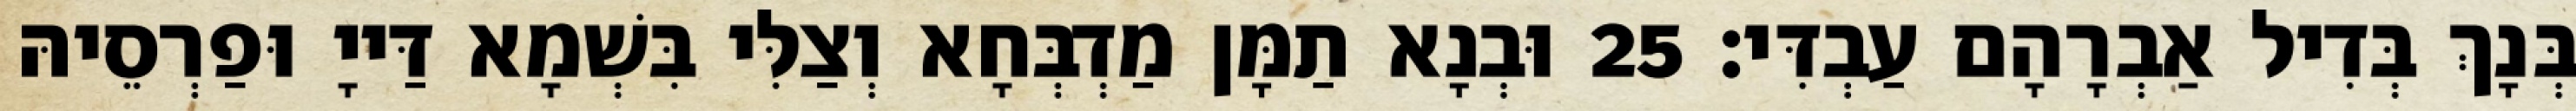
בְּנָךְ בְּדִיל אַבְרָהָם עַבְדִּי׃ 25 וּבְנָא תַמָּן מַדְבְּחָא וְצַלִּי בִּשְׁמָא דַּייָ וּפַרְסֵיהּ